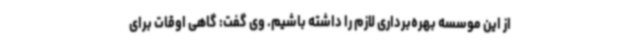
از این موسسه بهره‌برداری لازم را داشته باشیم. وی گفت: گاهی اوقات برای